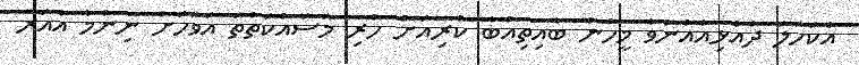
އެކަހަލަ ދެއުޅިއެއްނުވާ މީހުން ބާއިތިއްބާ ކުރިއަށް ހުރި މަސައްކަތްތަ އަވަހަށް ނިންމާ އެއަރ